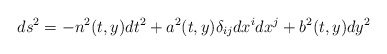
\begin{align*}ds^{2}=-n^{2}(t,y)dt^{2}+a^{2}(t,y)\delta _{ij}dx^{i}dx^{j}+b^{2}(t,y)dy^{2}\end{align*}